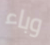
وباء